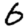
Digit: 6